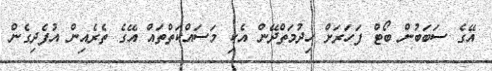
އޭގެ ސަބަބުން ބޯޓް ފަހަރަށް ހިދުމަތްދޭން އެކި މަސައްކަތްތައް އޭގެ ތެރެއިން އުފެދިގެން